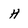
Character: H